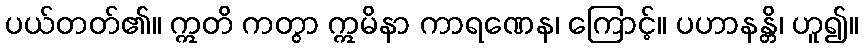
ပယ်တတ်၏။ ဣတိ ကတွာ ဣမိနာ ကာရဏေန၊ ကြောင့်။ ပဟာနန္တိ၊ ဟူ၍။